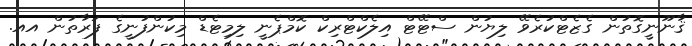
ޤާނޫނީގޮތުން ގެޒެޓްކުރެވޭ ލިޔުން ސްޓޭޓް އިލެކްޓްރިކް ކޮމްޕެނީ ލިމިޓެޑް މިކުންފުނީގެ ފަރާތުން އއ.